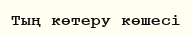
Тың көтеру көшесі